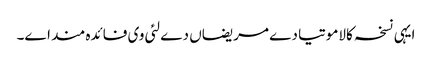
ایہی نسخہ کالاموتیا دے مریضاں دے لئی وی فائدہ مند ا‏‏ے۔